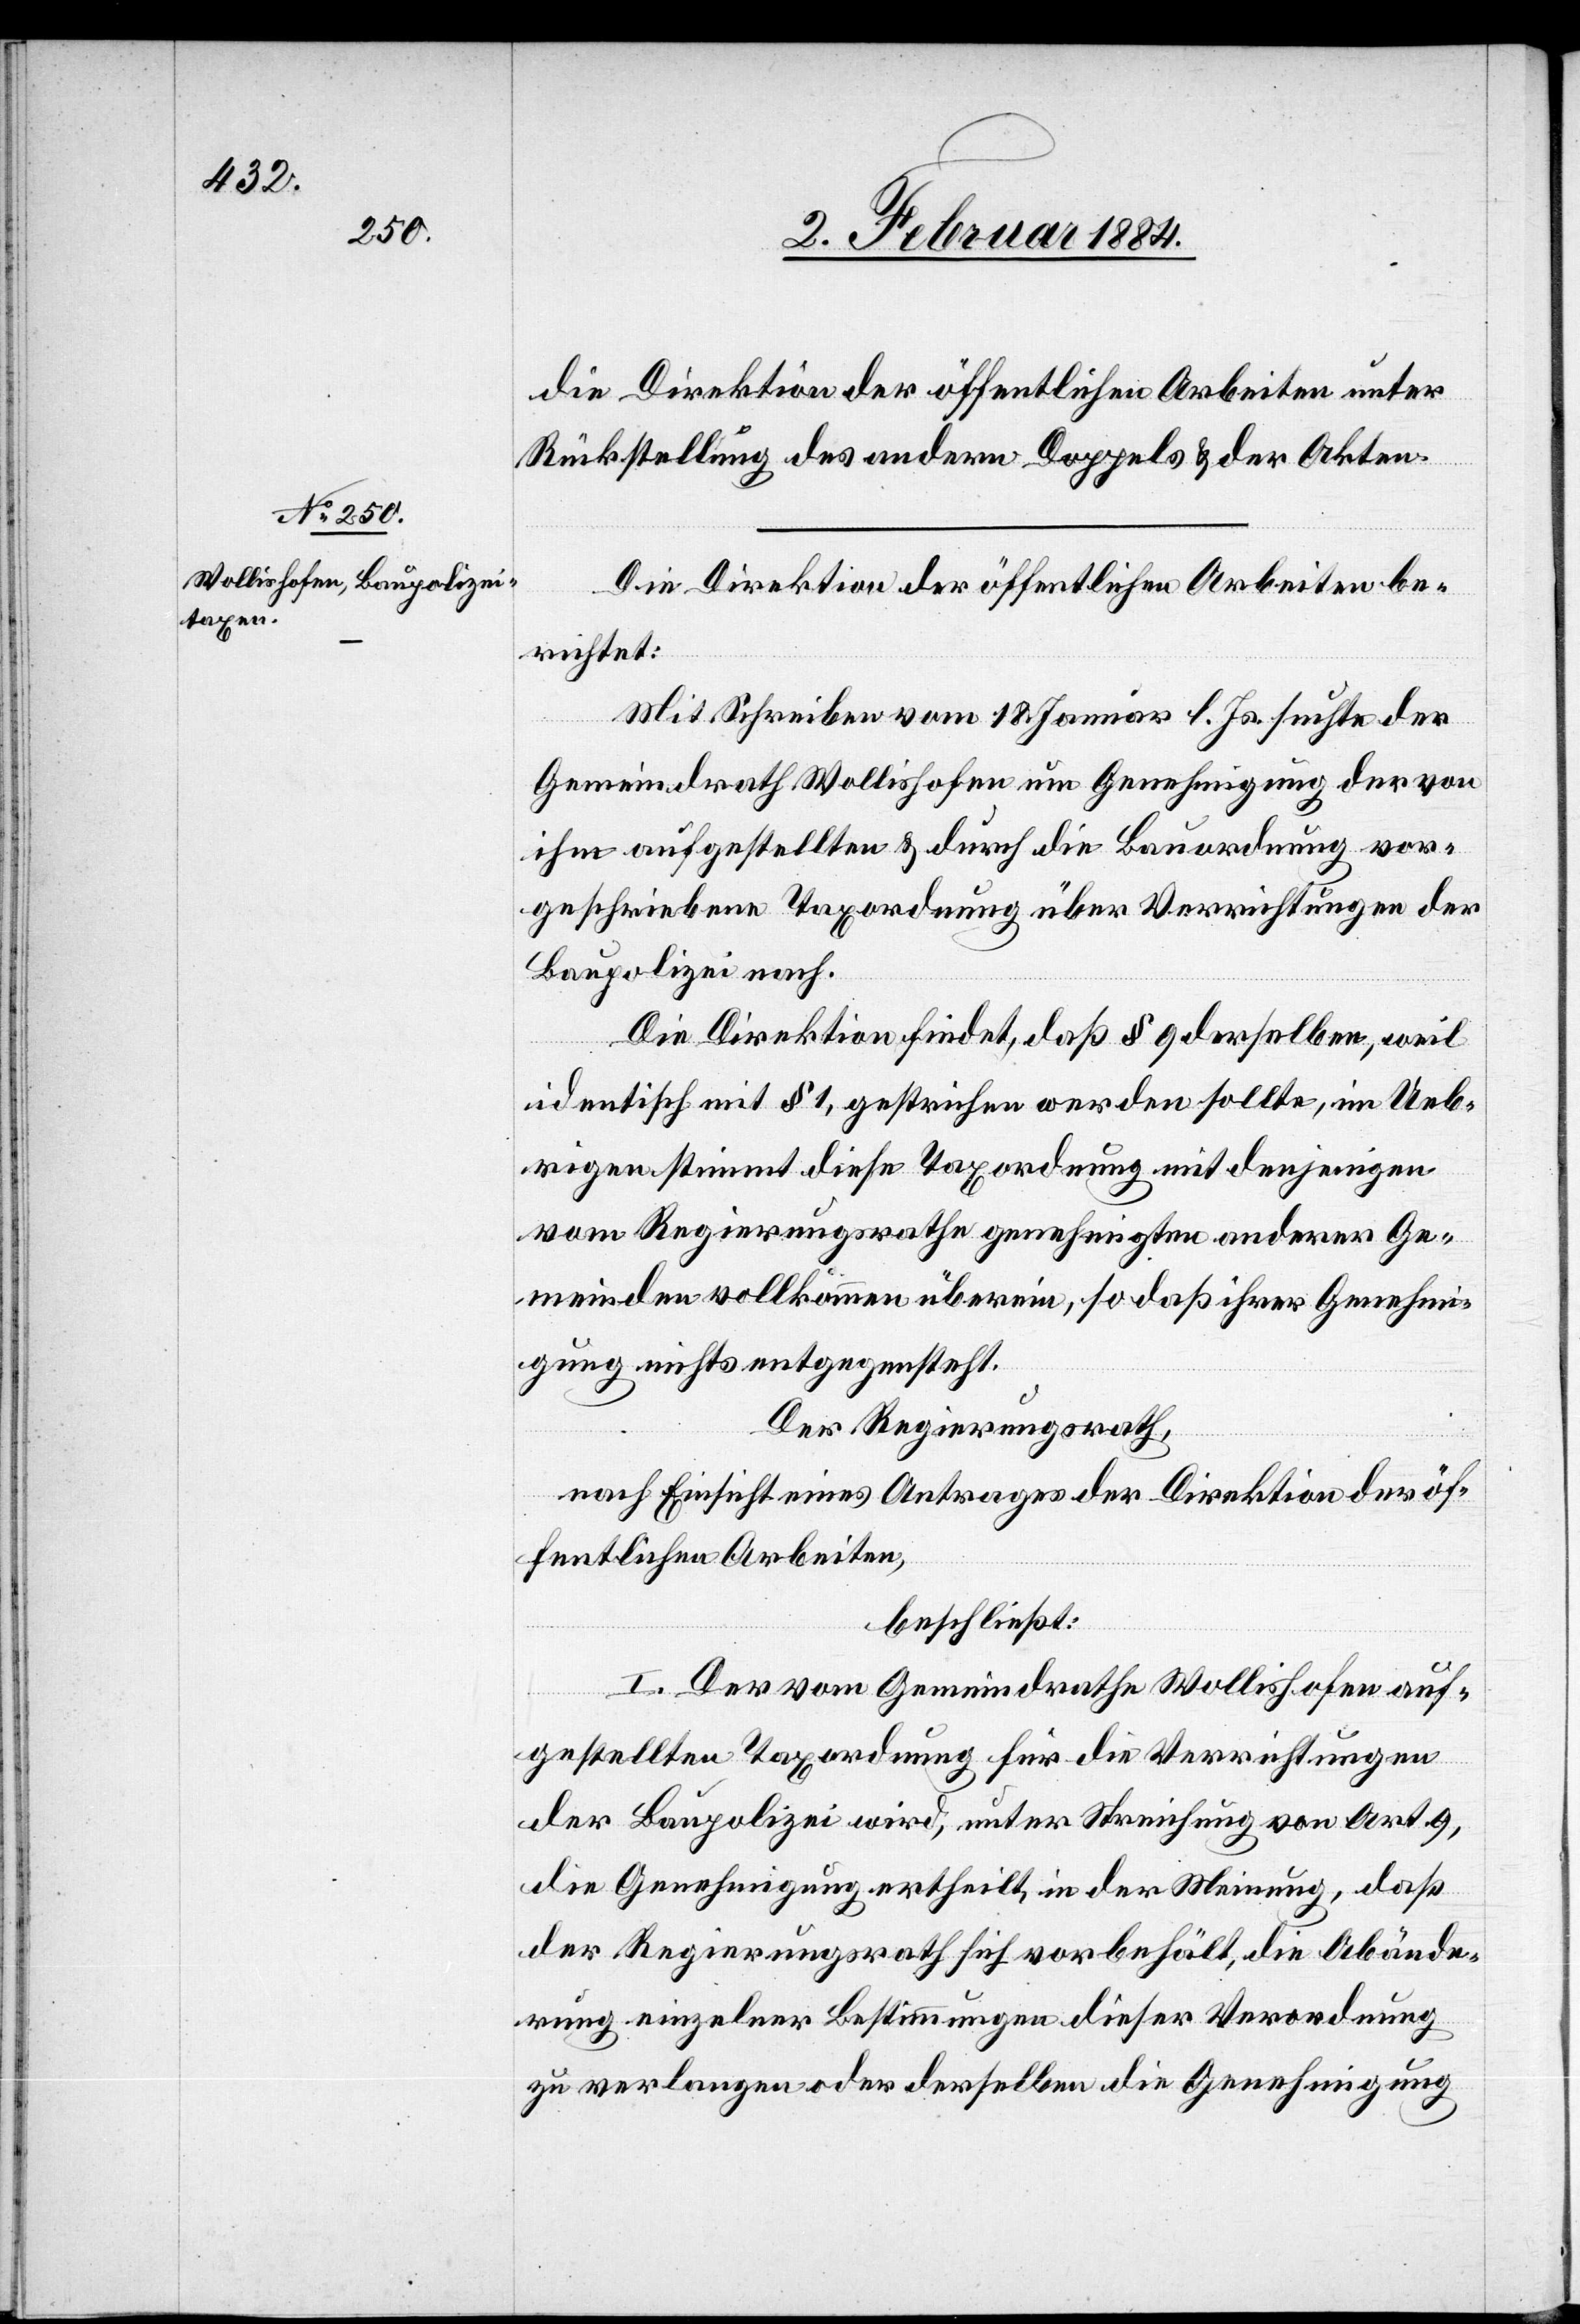
die Direktion der öffentlichen Arbeiten unter
Rückstellung des andern Doppels & der Akten.
Die Direktion der öffentlichen Arbeiten be¬
richtet:
Mit Schreiben vom 18. Januar l. Js. suchte der
Gemeindrath Wollishofen um Genehmigung der von
ihm aufgestellten & durch die Bauordnung vor¬
geschriebenen Taxordnung über Verrichtungen der
Baupolizei nach.
Die Direktion findet, daß § 9 derselben, weil
identisch mit § 1, gestrichen werden sollte, im Ueb¬
rigen stimmt diese Taxordnung mit denjenigen
vom Regierungsrathe genehmigten anderer Ge¬
meinden vollkommen überein, so daß ihrer Genehmi¬
gung nichts entgegensteht.
Der Regierungsrath,
nach Einsicht eines Antrages der Direktion der öf¬
fentlichen Arbeiten,
beschließt:
I. Der vom Gemeindrathe Wollishofen auf¬
gestellten Taxordnung für die Verrichtungen
der Baupolizei wird, unter Streichung von Art. 9,
die Genehmigung ertheilt, in der Meinung, daß
der Regierungsrath sich vorbehält, die Abände¬
rung einzelner Bestimmungen dieser Verordnung
zu verlangen oder derselben die Genehmigung